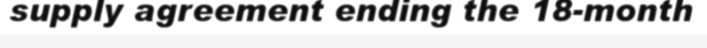
supply agreement ending the 18-month